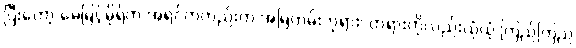
ပြီးတော့ မေမြင့်မိုရ်က အရင်ကတည်းက အမြဲတမ်းဘုရား၊ တရားကိုလည်းယုံယုံ ကြည်ကြည်